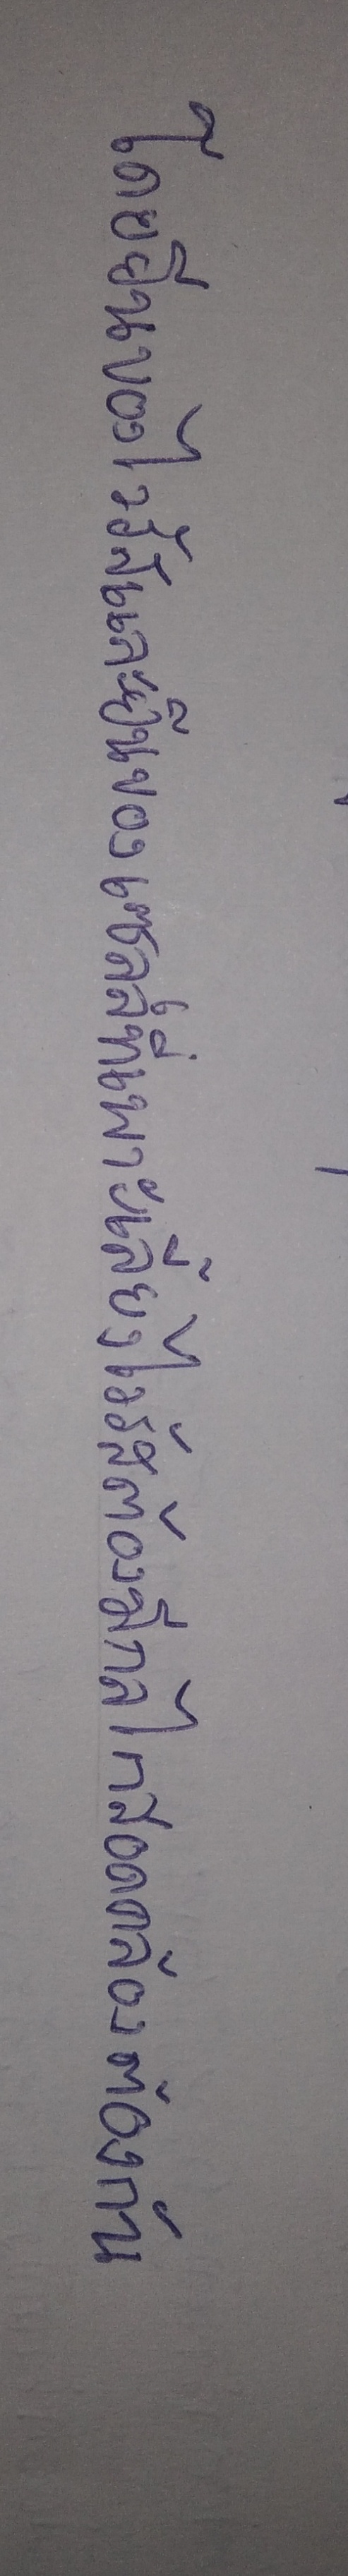
โดยยีนของไวรัสและยีนของเซลล์ที่เพาะเลี้ยงไวรัสต้องมีกลไกสอดคล้องต้องกัน